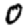
Digit: 0